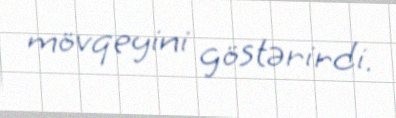
mövqeyini göstərirdi.